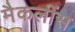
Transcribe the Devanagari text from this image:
मैकलींस